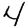
Digit: 4